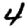
Digit: 4